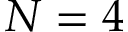
N = 4